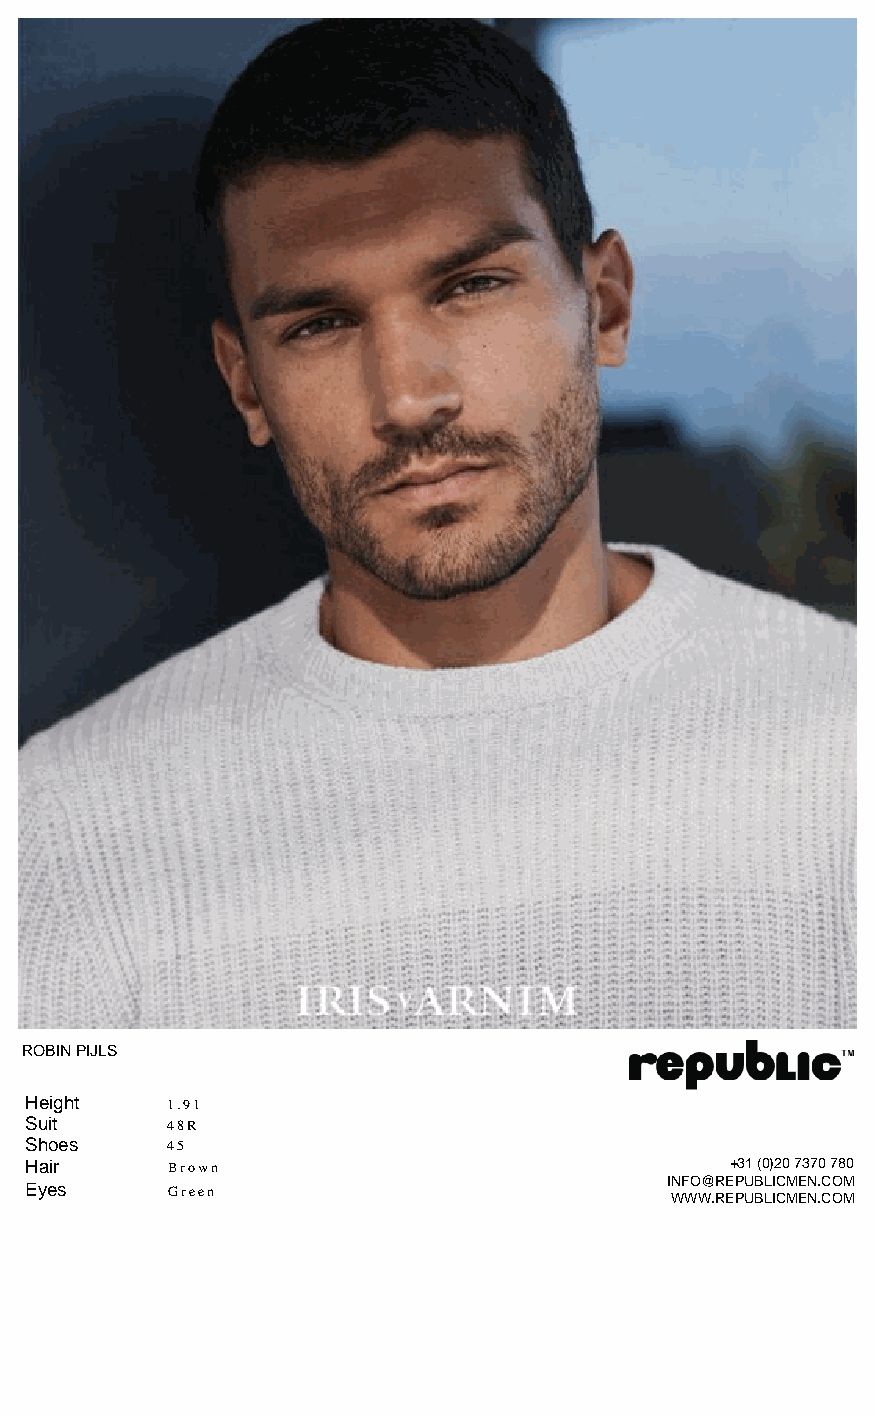
ROBIN PIJLS
 Height   1.91
 Suit     48R
 Shoes    45
 Hair     Brown                                +31 (0)20 7370 780
 INFO@REPUBLICMEN.COM
 Eyes     Green
 WWW.REPUBLICMEN.COM